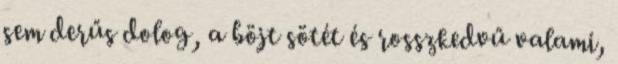
sem derűs dolog, a böjt sötét és rosszkedvű valami,